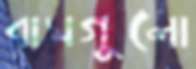
বাসগুলো